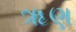
ૠણ